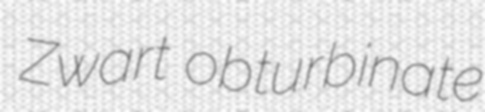
Zwart obturbinate